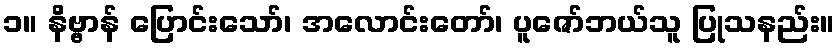
၁။ နိဗ္ဗာန် ပြောင်းသော်၊ အလောင်းတော်၊ ပူဇော်ဘယ်သူ ပြုသနည်း။